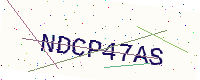
Text: NDCP47AS